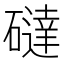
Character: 䃮